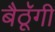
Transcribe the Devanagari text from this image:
बैठॅूगी